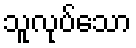
သူလုပ်သော